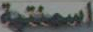
اسمنتية